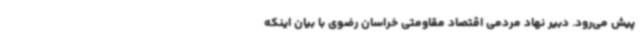
پیش می‌رود. دبیر نهاد مردمی اقتصاد مقاومتی خراسان رضوی با بیان اینکه